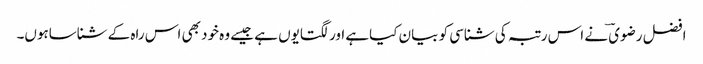
افضل رضوی ؔنے اس رتبہ کی شناسی کو بیان کیاہے اور لگتایوں ہے جیسے وہ خود بھی اس راہ کے شناساہوں۔